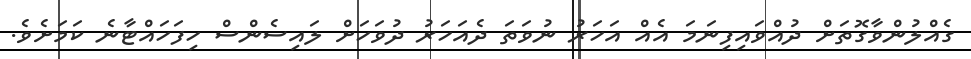
ގެއްލުންވާގޮތަށް ދުއްވައިފިނަމަ އެއް އަހަރު ނުވަތަ ދެއަހަރު ދުވަހަށް ލައިސެންސް ހިފަހައްޓާނެ ކަމަށެވެ.